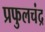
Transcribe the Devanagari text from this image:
प्रफुलचंद्र